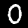
Digit: 0